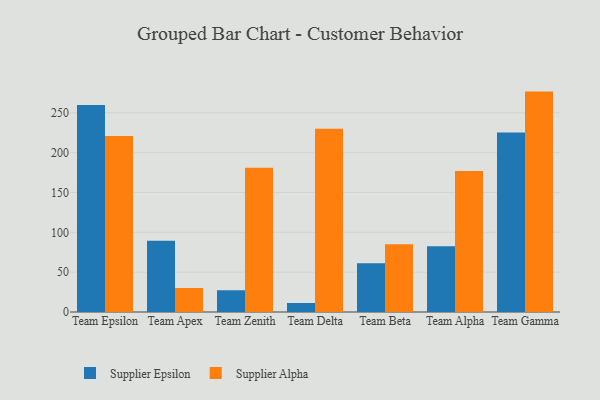
{"axis": {"x": "Team", "y": "Operating Costs (USD K)"}, "legend": ["Supplier Alpha", "Supplier Epsilon"], "data": [{"x": "Team Epsilon", "y": 259.8, "type": "Supplier Epsilon"}, {"x": "Team Epsilon", "y": 220.8, "type": "Supplier Alpha"}, {"x": "Team Apex", "y": 89.4, "type": "Supplier Epsilon"}, {"x": "Team Apex", "y": 30.1, "type": "Supplier Alpha"}, {"x": "Team Zenith", "y": 27.3, "type": "Supplier Epsilon"}, {"x": "Team Zenith", "y": 180.9, "type": "Supplier Alpha"}, {"x": "Team Delta", "y": 11.3, "type": "Supplier Epsilon"}, {"x": "Team Delta", "y": 230.0, "type": "Supplier Alpha"}, {"x": "Team Beta", "y": 61.2, "type": "Supplier Epsilon"}, {"x": "Team Beta", "y": 84.9, "type": "Supplier Alpha"}, {"x": "Team Alpha", "y": 82.5, "type": "Supplier Epsilon"}, {"x": "Team Alpha", "y": 176.9, "type": "Supplier Alpha"}, {"x": "Team Gamma", "y": 225.2, "type": "Supplier Epsilon"}, {"x": "Team Gamma", "y": 276.6, "type": "Supplier Alpha"}]}